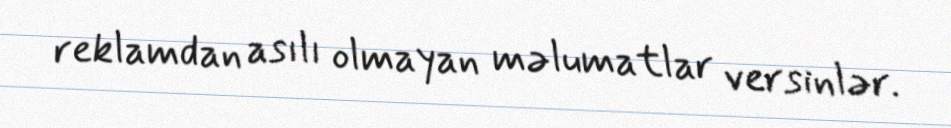
reklamdan asılı olmayan məlumatlar versinlər.